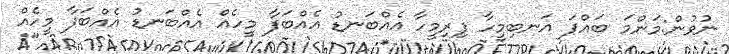
ނުވުން:މަންމަ ބައްޕަ އަނބިމީހާ ފިރިމީހާ އެއްބަނޑު އެއްބަފާ މީހެއް އެއްބަނޑު އެއްބަފާ މީހެއް